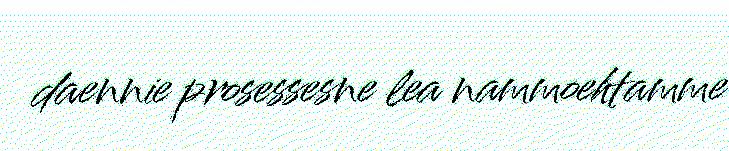
daennie prosessesne lea nammoehtamme